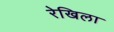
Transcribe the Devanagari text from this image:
रेखिला